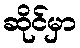
ဆိုင်မှာ